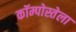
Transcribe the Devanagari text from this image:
कॉम्पोस्तेला